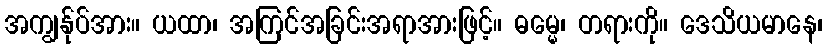
အကျွန်ုပ်အား။ ယထာ၊ အကြင်အခြင်းအရာအားဖြင့်။ ဓမ္မေ၊ တရားကို။ ဒေသိယမာနေ၊